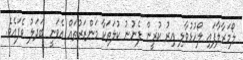
ލޯމަރާލާފައި ލޯހުޅުވާލި އިރު ކުރީން ފެނުނު ކުލަތަކާ މަންޒަރުތައް އެވަނީ ބަދަލު ވެފައެވެ.